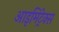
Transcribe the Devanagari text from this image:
आइमिट्रेक्स